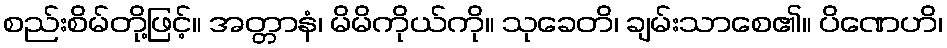
စည်းစိမ်တို့ဖြင့်။ အတ္တာနံ၊ မိမိကိုယ်ကို။ သုခေတိ၊ ချမ်းသာစေ၏။ ပိဏေဟိ၊